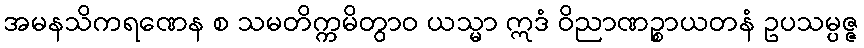
အမနသိကရဏေန စ သမတိက္ကမိတွာဝ ယသ္မာ ဣဒံ ဝိညာဏဉ္စာယတနံ ဥပသမ္ပဇ္ဇ